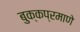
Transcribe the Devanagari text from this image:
बुक्कप्रमाणे